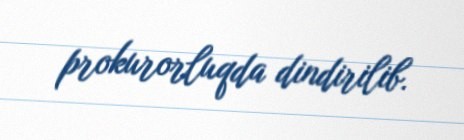
prokurorluqda dindirilib.